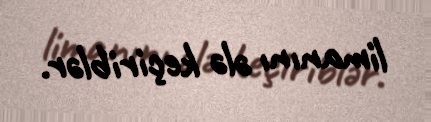
limanını ələ keçiriblər.